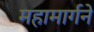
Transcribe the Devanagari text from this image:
महामार्गने